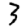
Digit: 3